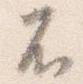
不